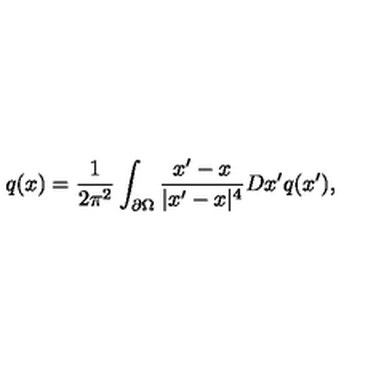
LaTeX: q ( x ) = { \frac { 1 } { 2 \pi ^ { 2 } } } \int _ { \partial \Omega } { \frac { x ^ { \prime } - x } { | x ^ { \prime } - x | ^ { 4 } } } D x ^ { \prime } q ( x ^ { \prime } ) ,